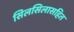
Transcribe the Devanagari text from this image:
सिलसिलासहित